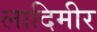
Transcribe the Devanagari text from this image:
लादिमीर